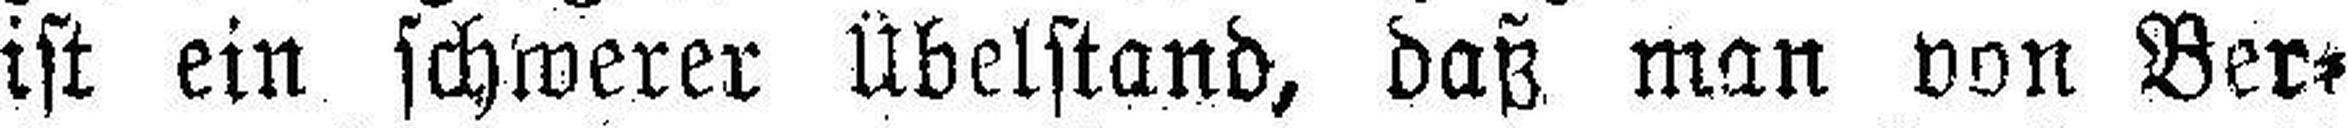
ist ein schwerer Übelstand, daß man von Ber¬